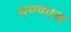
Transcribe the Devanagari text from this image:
पण्णास